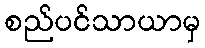
စည်ပင်သာယာမှ